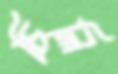
চিলি